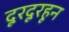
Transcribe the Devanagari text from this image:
दूरदूरहून